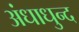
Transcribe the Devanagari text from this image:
अंधाधुन्द